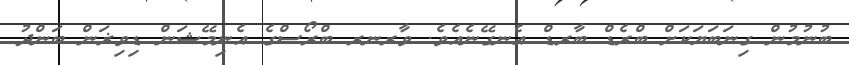
ބުނުމުން ގިނަބަޔަކަށް ބްރެޑް ބާރޑް އެނގޭނެއެވެ. ވާރނރ ބްރޯސްގެ އެނިމޭޝަން ޑިވިޜަން ބަންދު